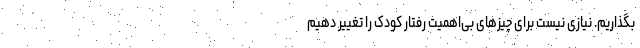
بگذاریم. نیازی نیست برای چیزهای بی‌اهمیت رفتار کودک را تغییر دهیم